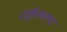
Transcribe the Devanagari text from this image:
न्यूकॅसलचा